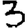
Digit: 3